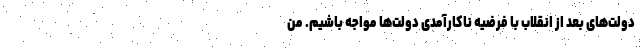
دولت‌های بعد از انقلاب با فرضیه ناکارآمدی دولت‌ها مواجه باشیم. من